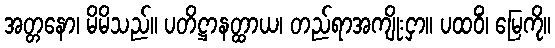
အတ္တနော၊ မိမိသည်။ ပတိဋ္ဌာနတ္ထာယ၊ တည်ရာအကျိုးငှာ။ ပထဝိံ၊ မြေကို။